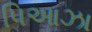
પિઆઝા